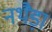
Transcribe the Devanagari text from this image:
नथैड़ा